Source: Handwritten
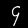
Digit: ၄ (4)